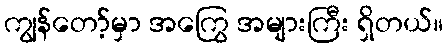
ကျွန်တော့်မှာ အကြွေ အများကြီး ရှိတယ်။